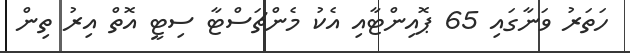
ހަތަރު ވަނާގައި 65 ޕޮއިންޓާއި އެކު މެންޗަސްޓާ ސިޓީ އޮތް އިރު ތިން